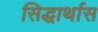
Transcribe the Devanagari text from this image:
सिद्धार्थास